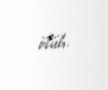
ölüb.